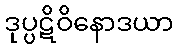
ဒုပ္ပဋိဝိနောဒယာ